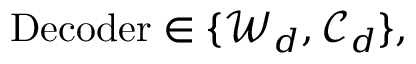
\begin{array} { r } { \operatorname { D e c o d e r } \in \{ \mathcal { W } _ { d } , \mathcal { C } _ { d } \} , } \end{array}